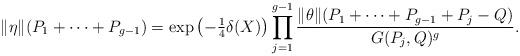
LaTeX: \begin{align*}\|\eta\|(P_1+\dots +P_{g-1})=\exp\left(-\tfrac{1}{4}\delta(X)\right)\prod_{j=1}^{g-1}\frac{\|\theta\|(P_1+\dots +P_{g-1}+P_j-Q)}{G(P_j,Q)^g}.\end{align*}